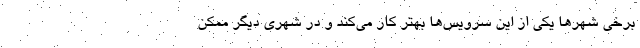
برخی شهرها یکی از این سرویس‌ها بهتر کار می‌کند و در شهری دیگر ممکن